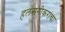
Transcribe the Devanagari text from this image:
हलसगीकरांचा